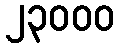
၂၃၀၀၀